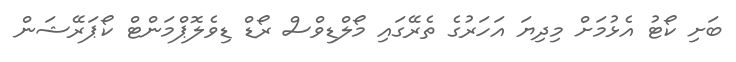
ބަށި ކޯޓު އެޅުމަށް މިދިޔަ އަހަރުގެ ތެރޭގައި މޯލްޑިވްސް ރޯޑް ޑިވެލޮޕްމަންޓް ކޯޕަރޭޝަން